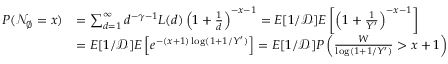
\begin{array} { r l } { P ( \mathcal { N } _ { \emptyset } = x ) } & { = \sum _ { d = 1 } ^ { \infty } d ^ { - \gamma - 1 } L ( d ) \left( 1 + \frac { 1 } { d } \right) ^ { - x - 1 } = E [ 1 / \mathcal { D } ] E \left[ \left( 1 + \frac { 1 } { Y ^ { \prime } } \right) ^ { - x - 1 } \right] } \\ & { = E [ 1 / \mathcal { D } ] E \left[ e ^ { - ( x + 1 ) \log ( 1 + 1 / Y ^ { \prime } ) } \right] = E [ 1 / \mathcal { D } ] P \left( \frac { W } { \log ( 1 + 1 / Y ^ { \prime } ) } > x + 1 \right) } \end{array}